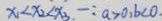
x _ { 1 } < x _ { 2 } < x _ { 3 } - : a > 0 , b < 0 .